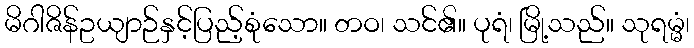
မိဂါဇိန်ဥယျာဉ်နှင့်ပြည့်စုံသော။ တဝ၊ သင်၏။ ပုရံ၊ မြို့သည်။ သုရမ္မံ၊